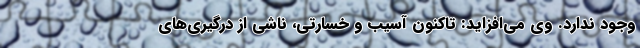
وجود ندارد. وی می‌افزاید: تاکنون آسیب و خسارتی، ناشی از درگیری‌های